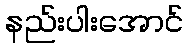
နည်းပါးအောင်